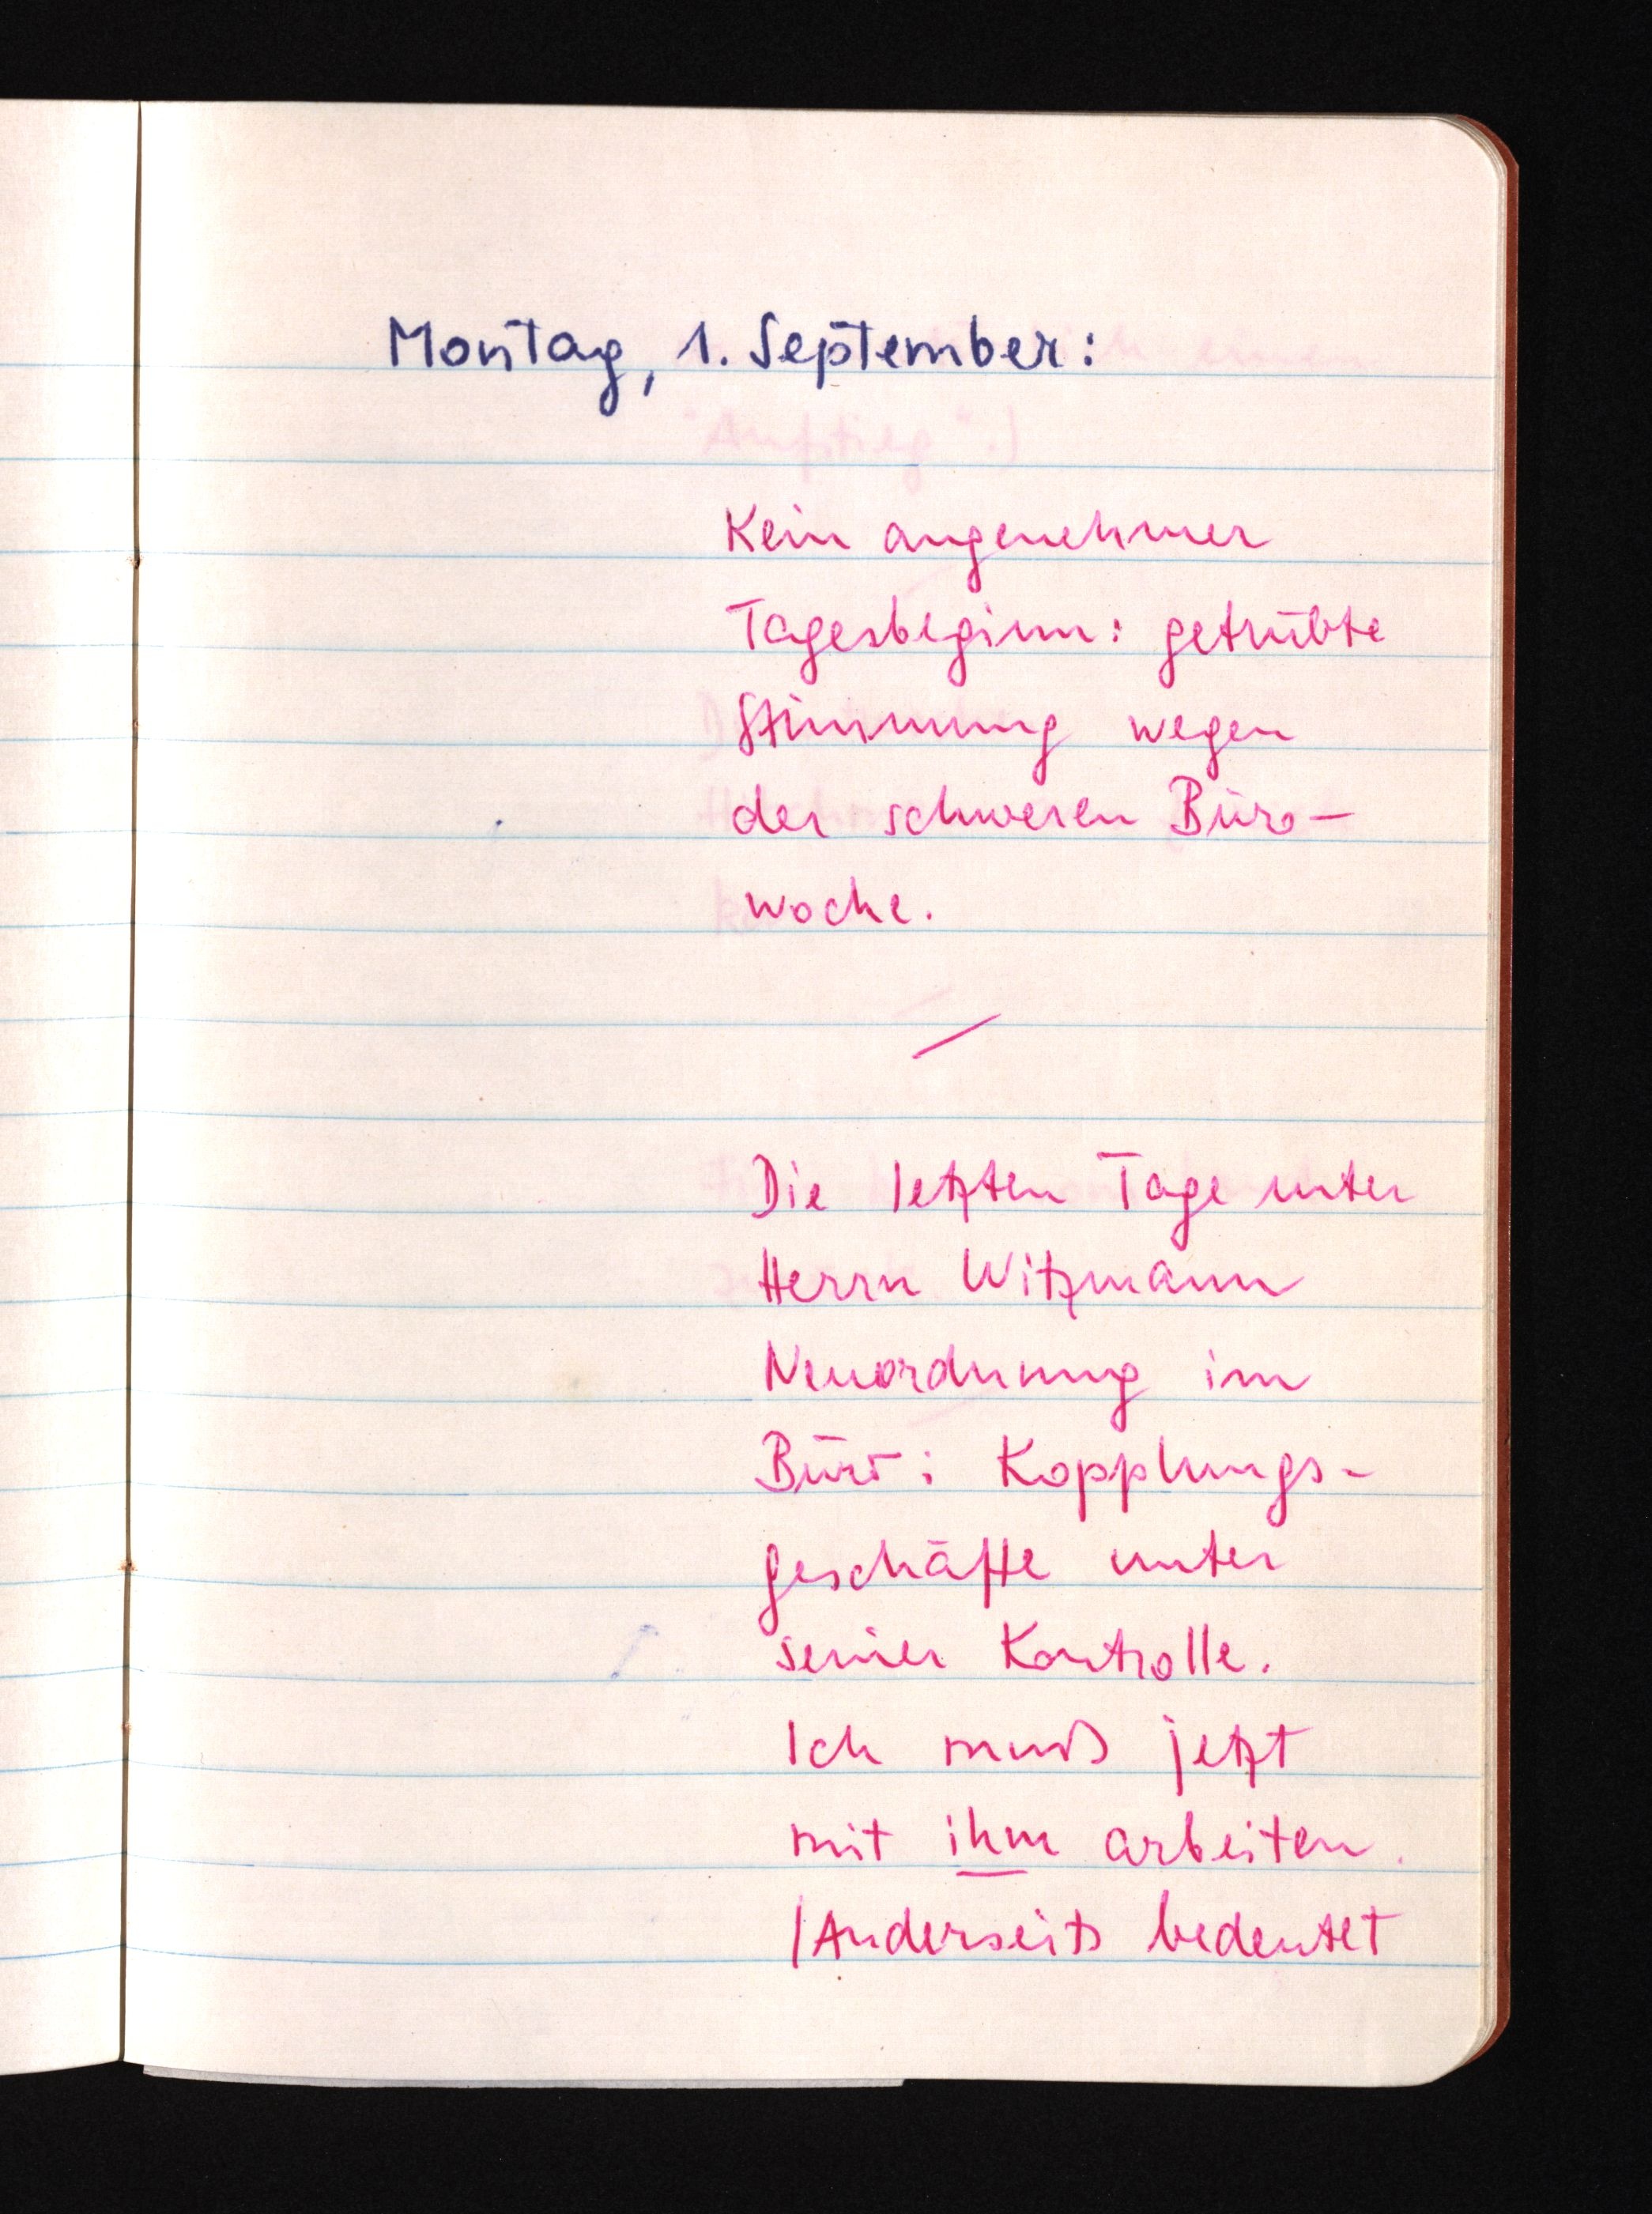
Montag, 1. September:
Kein angenehmer
Tagesbeginn: getrübte
Stimmung wegen
der schweren Büro¬
woche.
Die letzten Tage unter
Herrn Witzmann
Neuordnung im
Büro: Kopplungs¬
geschäfte unter
seiner Kontrolle.
Ich muß jetzt
mit ihm arbeiten.
(Anderseits bedeutet